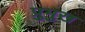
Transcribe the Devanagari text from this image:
प्रुमुख